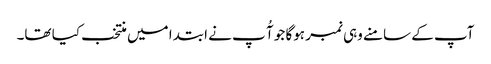
آپ کے سامنے وہی نمبر ہوگا جو آُ پ نے ابتدا میں منتخب کیا تھا۔